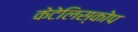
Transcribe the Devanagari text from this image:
केटेलिस्कोप